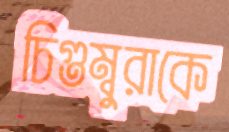
চিগুম্বুরাকে